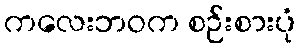
ကလေးဘဝက စဉ်းစားပုံ